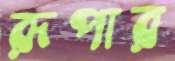
রূপার